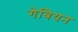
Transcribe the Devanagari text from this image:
गेबियन